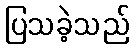
ပြသခဲ့သည်